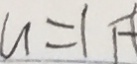
u = 1